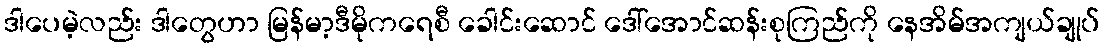
ဒါပေမဲ့လည်း ဒါတွေဟာ မြန်မာ့ဒီမိုကရေစီ ခေါင်းဆောင် ဒေါ်အောင်ဆန်းစုကြည်ကို နေအိမ်အကျယ်ချုပ်